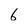
Character: 6